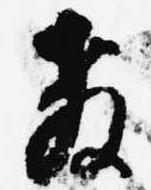
教